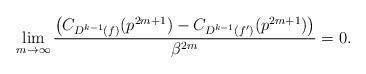
LaTeX: \begin{align*}\displaystyle\lim _{m\rightarrow \infty }\dfrac{\left(C_{D^{k-1}(f)}(p^{2m+1})-C_{D^{k-1}(f')}(p^{2m+1})\right) }{\beta ^{2m}}=0.\end{align*}